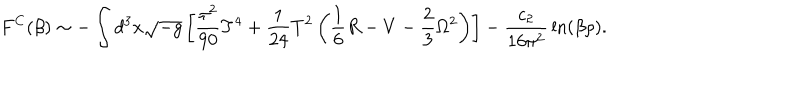
F ^ { C } ( \beta ) \sim - \int d ^ { 3 } x \sqrt { - g } \left[ { \frac { \pi ^ { 2 } } { 9 0 } } T ^ { 4 } + { \frac { 1 } { 2 4 } } T ^ { 2 } \left( \frac 1 6 R - V - \frac 2 3 \Omega ^ { 2 } \right) \right] - { \frac { c _ { 2 } } { 1 6 \pi ^ { 2 } } } \ln ( \beta \rho ) .